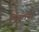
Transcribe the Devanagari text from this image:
मिचलना